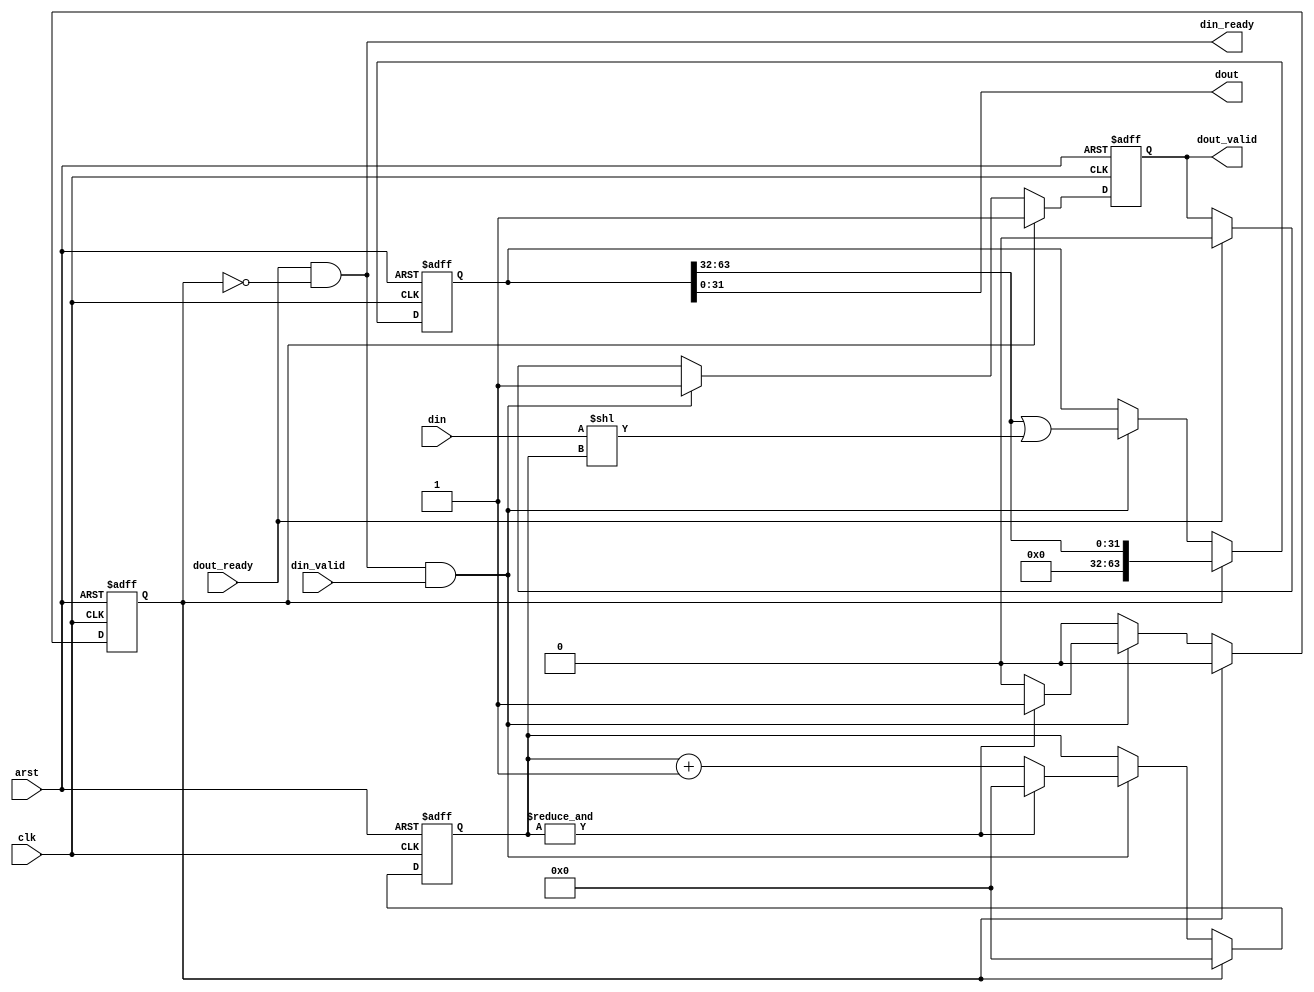
// Copyright 2009 Altera Corporation. All rights reserved.  
// Altera products are protected under numerous U.S. and foreign patents, 
// maskwork rights, copyrights and other intellectual property laws.  
//
// This reference design file, and your use thereof, is subject to and governed
// by the terms and conditions of the applicable Altera Reference Design 
// License Agreement (either as signed by you or found at www.altera.com).  By
// using this reference design file, you indicate your acceptance of such terms
// and conditions between you and Altera Corporation.  In the event that you do
// not agree with such terms and conditions, you may not use the reference 
// design file and please promptly destroy any copies you have made.
//
// This reference design file is being provided on an "as-is" basis and as an 
// accommodation and therefore all warranties, representations or guarantees of 
// any kind (whether express, implied or statutory) including, without 
// limitation, warranties of merchantability, non-infringement, or fitness for
// a particular purpose, are specifically disclaimed.  By making this reference
// design file available, Altera expressly does not recommend, suggest or 
// require that this reference design file be used in combination with any 
// other product not provided by Altera.
/////////////////////////////////////////////////////////////////////////////

// baeckler - 01-09-2008

module gearbox_33_32 (
	input clk,arst,
	
	input [32:0] din,
	input din_valid,
	output din_ready,
	
	output [31:0] dout,
	output reg dout_valid,
	input dout_ready	
);

reg [4:0] holding;
reg holding_32;
reg [63:0] storage;

assign din_ready = dout_ready & !holding_32;

// holding will never be >= 32
wire [63:0] aligned_din = (din << holding);
				
always @(posedge clk or posedge arst) begin
	if (arst) begin
		storage <= 0;
		holding <= 0;
		holding_32 <= 0;
		dout_valid <= 1'b0;
	end
	else begin
		if (dout_ready) dout_valid <= 1'b0;
		
		if (holding_32) begin
			holding <= 0;							
			holding_32 <= 0;
			storage <= (storage >> 32);			
			dout_valid <= 1'b1;
		end
		else begin
			if (din_ready & din_valid) begin
				storage <= (storage >> 32) | aligned_din;		
				
				// when holding 31, 33 in, there are enough
				// bits for TWO words out.
				if (&holding) begin
					holding <= 0;
					holding_32 <= 1'b1;
				end
				else begin			
					holding <= holding + 1'b1;
				end
				dout_valid <= 1'b1;		
			end					
		end
	end
end

assign dout = storage [31:0];

endmodule